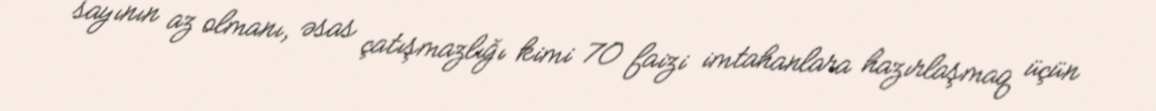
sayının az olmanı, əsas çatışmazlığı kimi 70 faizi imtahanlara hazırlaşmaq üçün